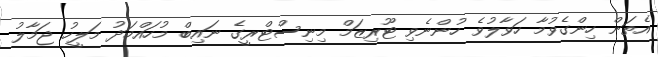
އެތަން ހިންގެވުމާ ހަވާލުވެ ހުންނެވި ޓޫރިޒަމް މިނިސްޓްރީގެ ނައިބް މުހައްމަދު މަލީހު ޖަމާލު